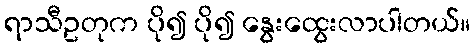
ရာသီဥတုက ပို၍ ပို၍ နွေးထွေးလာပါတယ်။